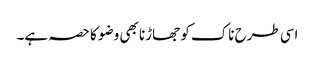
اسی طرح ناک کو جھاڑنا بھی وضو کا حصہ ہے۔